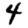
Digit: 4